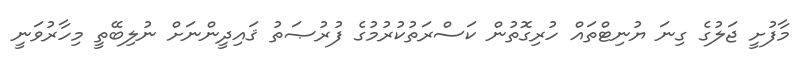
މާފުށީ ޖަލުގެ ގިނަ ޔުނިޓްތައް ހުރިގޮތުން ކަސްރަތުކުރުމުގެ ފުރުޞަތު ޤައިދީންނަށް ނުލިބޭތީ މިހާރުވަނީ